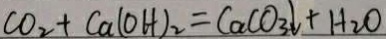
C O _ { 2 } + C a ( O H ) _ { 2 } = C a C O _ { 3 } \downarrow + H _ { 2 } O